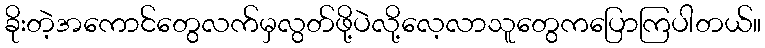
ခိုးတဲ့အကောင်တွေလက်မှလွတ်ဖို့ပဲလို့လေ့လာသူတွေကပြောကြပါတယ်။